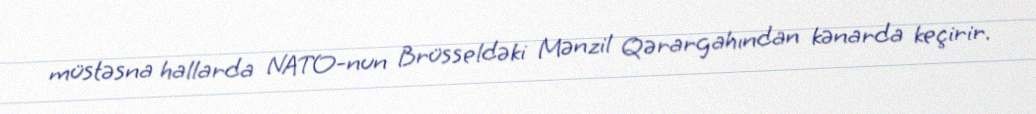
müstəsna hallarda NATO-nun Brüsseldəki Mənzil Qərargahından kənarda keçirir.